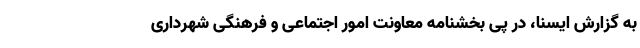
به گزارش ایسنا، در پی بخشنامه معاونت امور اجتماعی و فرهنگی شهرداری